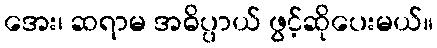
အေး၊ ဆရာမ အဓိပ္ပာယ် ဖွင့်ဆိုပေးမယ်။